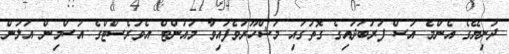
ދުނިޔޭގެ އެންމެ އުސް ފަރުބަދައިގެ ގޮތުގައި މަޝްހޫރުވެފައިވާ މައުންޓް އެވަރެސްޓްގެ އުސްމިން އަލުން